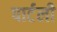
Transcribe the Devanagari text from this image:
पार्टली